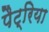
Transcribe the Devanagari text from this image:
पैट्रिया